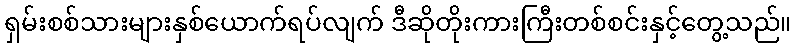
ရှမ်းစစ်သားများနှစ်ယောက်ရပ်လျက် ဒီဆိုတိုးကားကြီးတစ်စင်းနှင့်တွေ့သည်။